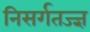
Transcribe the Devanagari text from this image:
निसर्गतज्ज्ञ